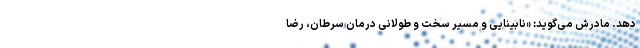
دهد. مادرش می‌گوید: «نابینایی و مسیر سخت و طولانی درمان سرطان، رضا